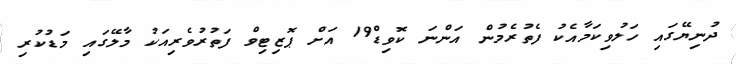
ދުނިޔޭގައި ހަލުވިކަމާއެކު ފެތުރެމުން އަންނަ ކޮވިޑް19 އަށް ޕޮޒިޓިވް ފަތުރުވެރިއަކު މާލޭގައި މަޑުކުރި